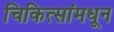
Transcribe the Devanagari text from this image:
चिकित्सांमधून